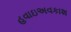
હવાઇઅવકાશ